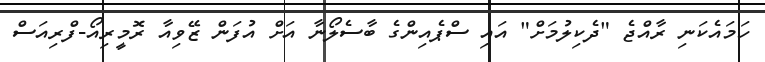
ހަމައެކަނި ރާއްޖެ "ދެކިލުމަށް" އައި ސްޕެއިންގެ ބާސެލޯނާ އަށް އުފަން ޒޭވިއާ ރޮމީރިއޯ-ފްރިއަސް